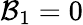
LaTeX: \mathcal{B}_{1}=0